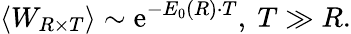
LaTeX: \left<W_{R\times T}\right>\sim\mathrm{e}^{-E_{0}(R)\cdot T},~T\gg R.